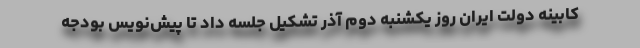
کابینه دولت ایران روز یکشنبه دوم آذر تشکیل جلسه داد تا پیش‌نویس بودجه